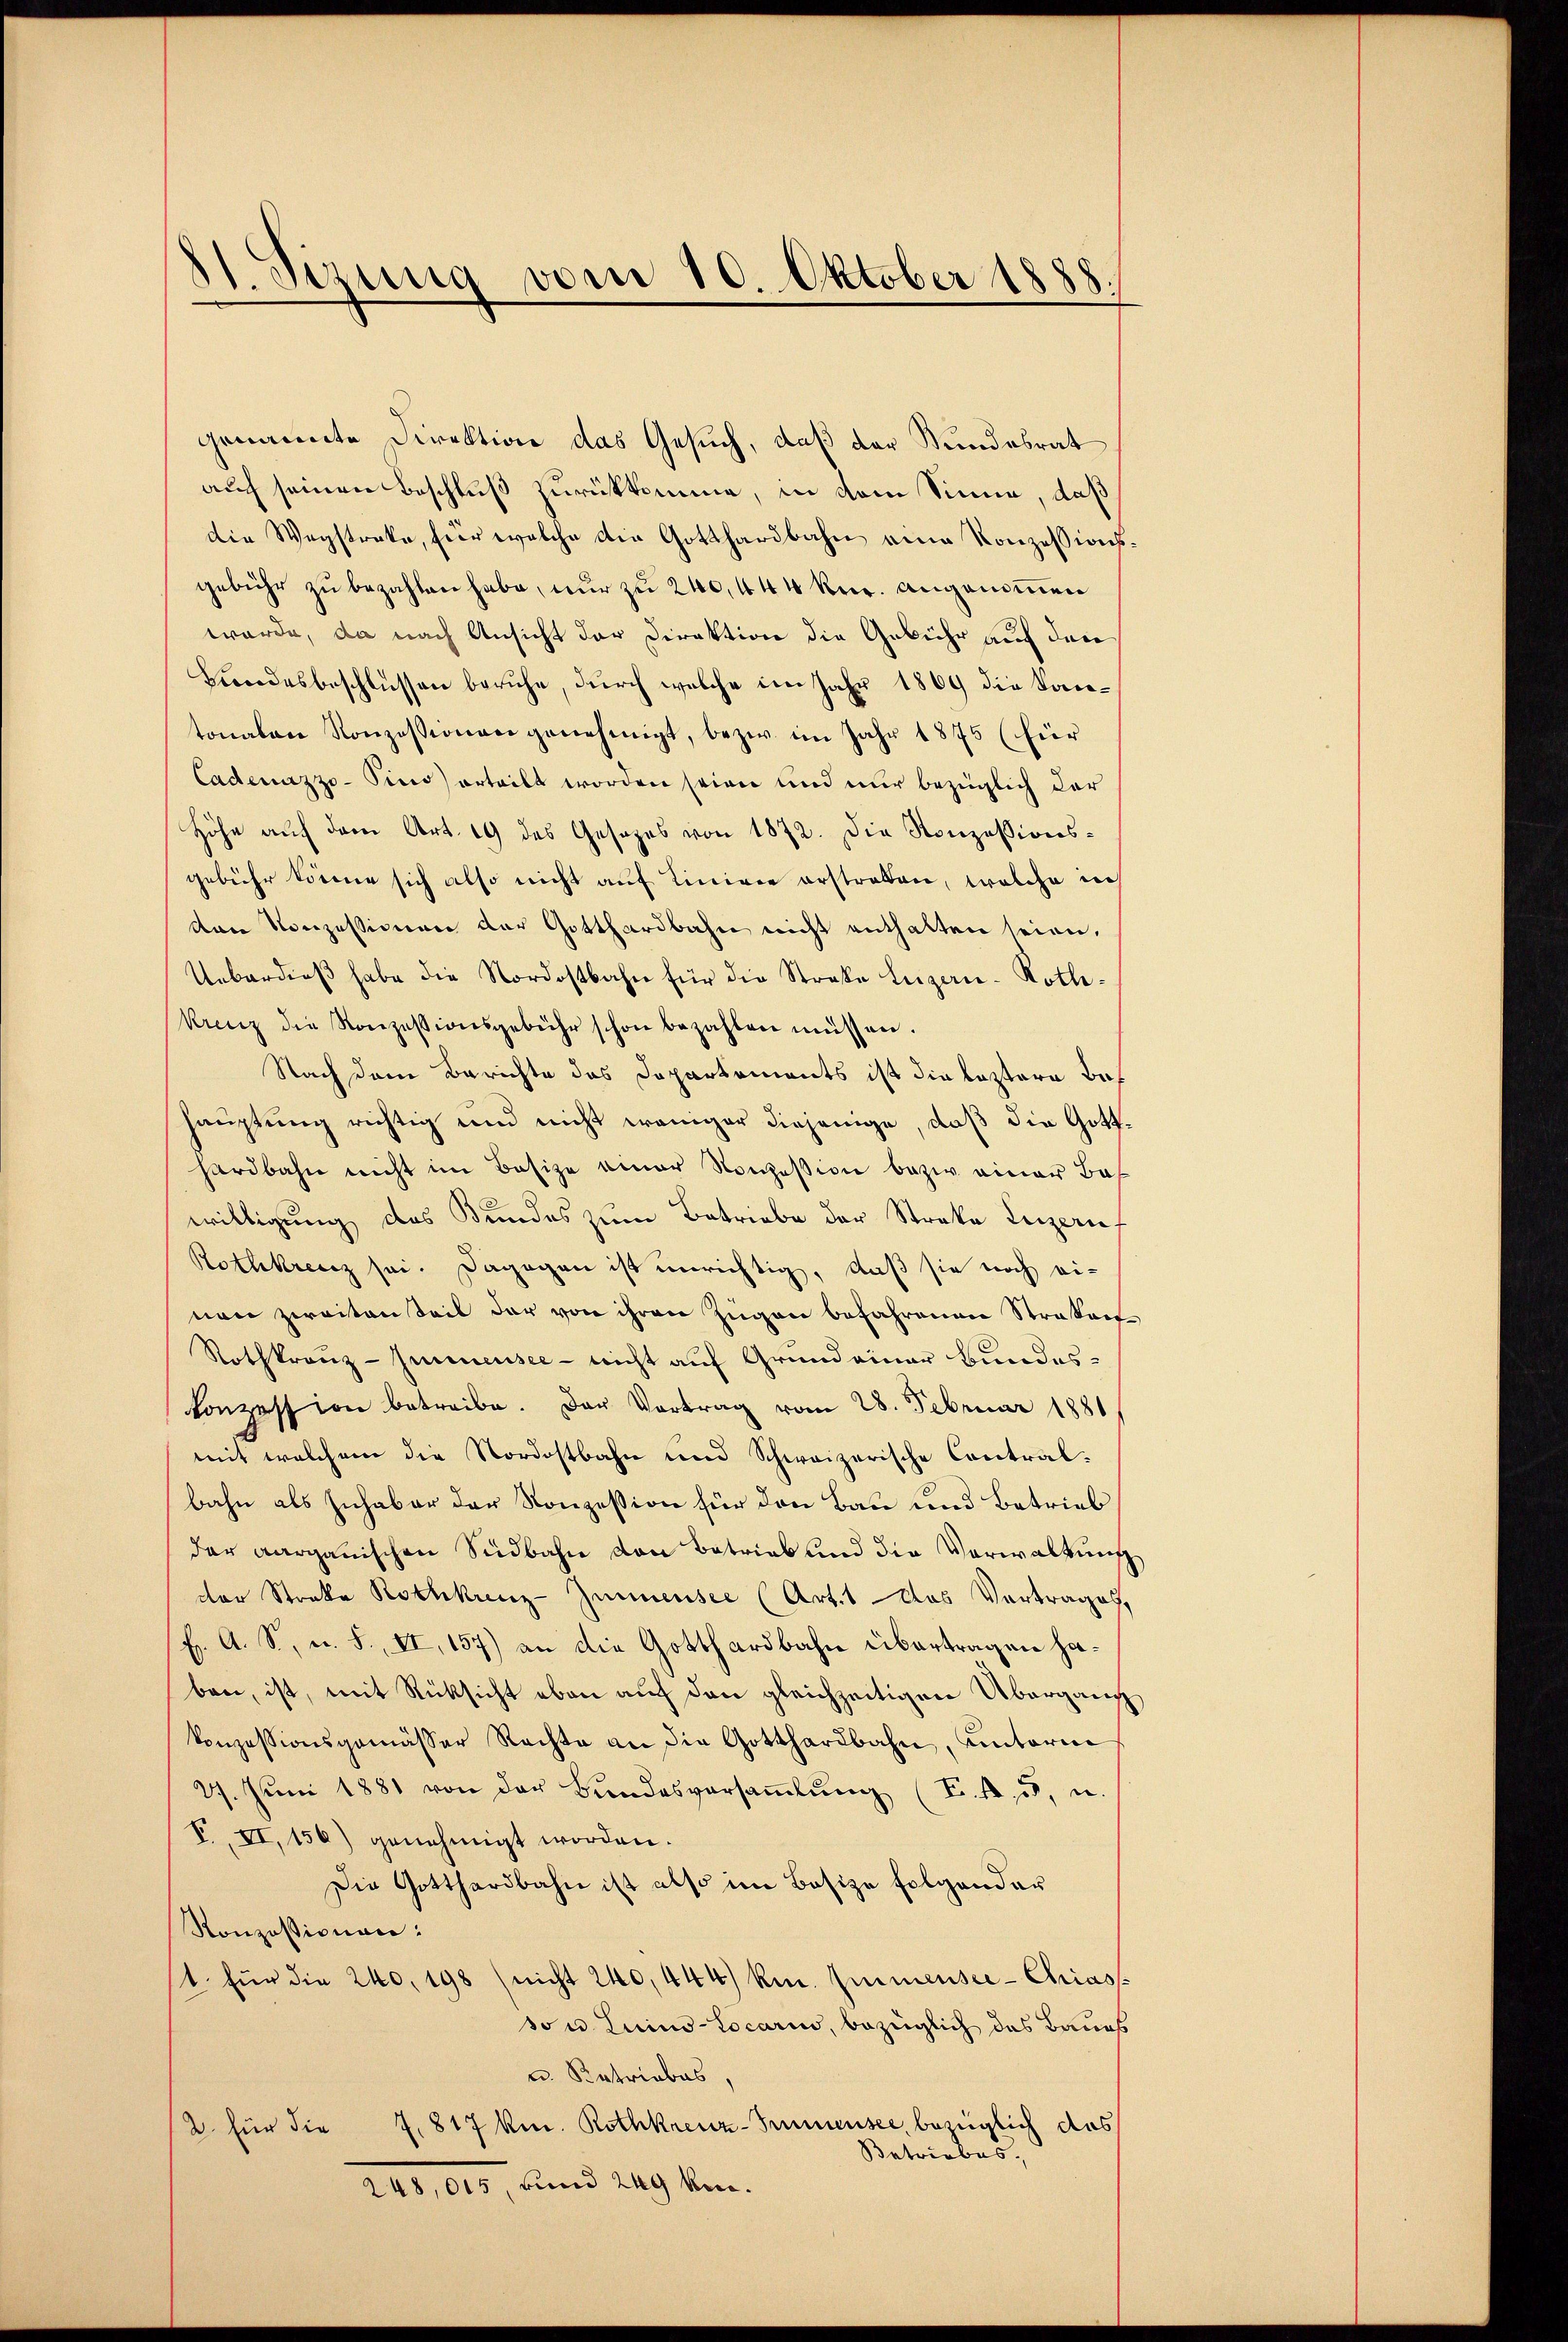
dt. Sizung vom 10. Oktober 1888.

genannte Direktion das Gesuch, daß der Kundesrat
auch seinen Beschluß zurükkomme, in dem Sinne, daß
Die Wegstreke, für welche die Gotthardbahn eine Konzessionsgebühr zŭ bezahlen habe, nŭr zŭ 240, 444 Rer. angenommen
würde, da nach Ansicht der Direktion die Gebühr auf den
Bundesbeschlüssen beruhe, durch welche im Jahr 1869 die Kantonalen Konzessionen genehmigt, bezw. im Jahr 1875 (für
Cadenazzo-Pino erteilt worden seien und nur bezüglich dar
Höhe auf dem Art. 19 des Gesezes von 1872. Die Konzessionsgebühr körner sich also nicht auf Liniver erstraten, welche in
ten Konzessionen der Gotthardbahn nicht enthalten seien.
Ueberdieß habe die Nordostbahn für die Straße Luzan-Rothe.
Krenz die Konzessionsgebühr schon bezahlen müssen.
Nach dem Berichte das Dopartements ist die leztere Behauptung richtig und nicht weniger diejenige, daß die Gotthardbahn nicht im Besize einer Konzession bezw. einer Be-
willigung des Bundes zum Betriebe der Streke Leizeris
Rothkreuz sei. Dagegen ist unrichtig, daß sie noch ei-
nen zweitanteil der von ihren Zugan befahrenen Straßens
Rothkranz-Junnensee - nicht auf Grundeiner Bundeskonzession betreibe. Der Vortrag vom 28. Februar 1881
mit welchem die Nordostbahn und Schweizerische Contralbahn als Inhaber der Konzession für den Bau und Betrieb
der aargauischen Südbahn von Betrieb und die Verwaltung
der Strakte Rothkreuz-Zimmensee (Art. 1 das Vertrages,
H. A. S., u. S. II, 157) an die Gotthardbahn übertragen haben, ist, mit Rücksicht eben auf den gleichzeitigen Übergang
konzessionsgemässer Rechte an die Gotthardbahn, unterm
27. Juni 1881 von der Bundesversaṁlŭng (T.14, 5, u.
V, II, 156) genehmigt worden.
Die Gotthardbahn ist also im Basize Folgender
Ronzessionen:
t. für die 240. 198 (nicht 240, 444) km. Emmensee-Chias
so u. Luino-Locarin, bezüglich das Baues
u. Retriebes,
2 für die 7. 817 km. Rothkreuz-Summensee, bezüglich das
Betriebes,
Rad, 010, und 249 Ven.